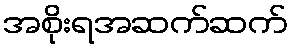
အစိုးရအဆက်ဆက်